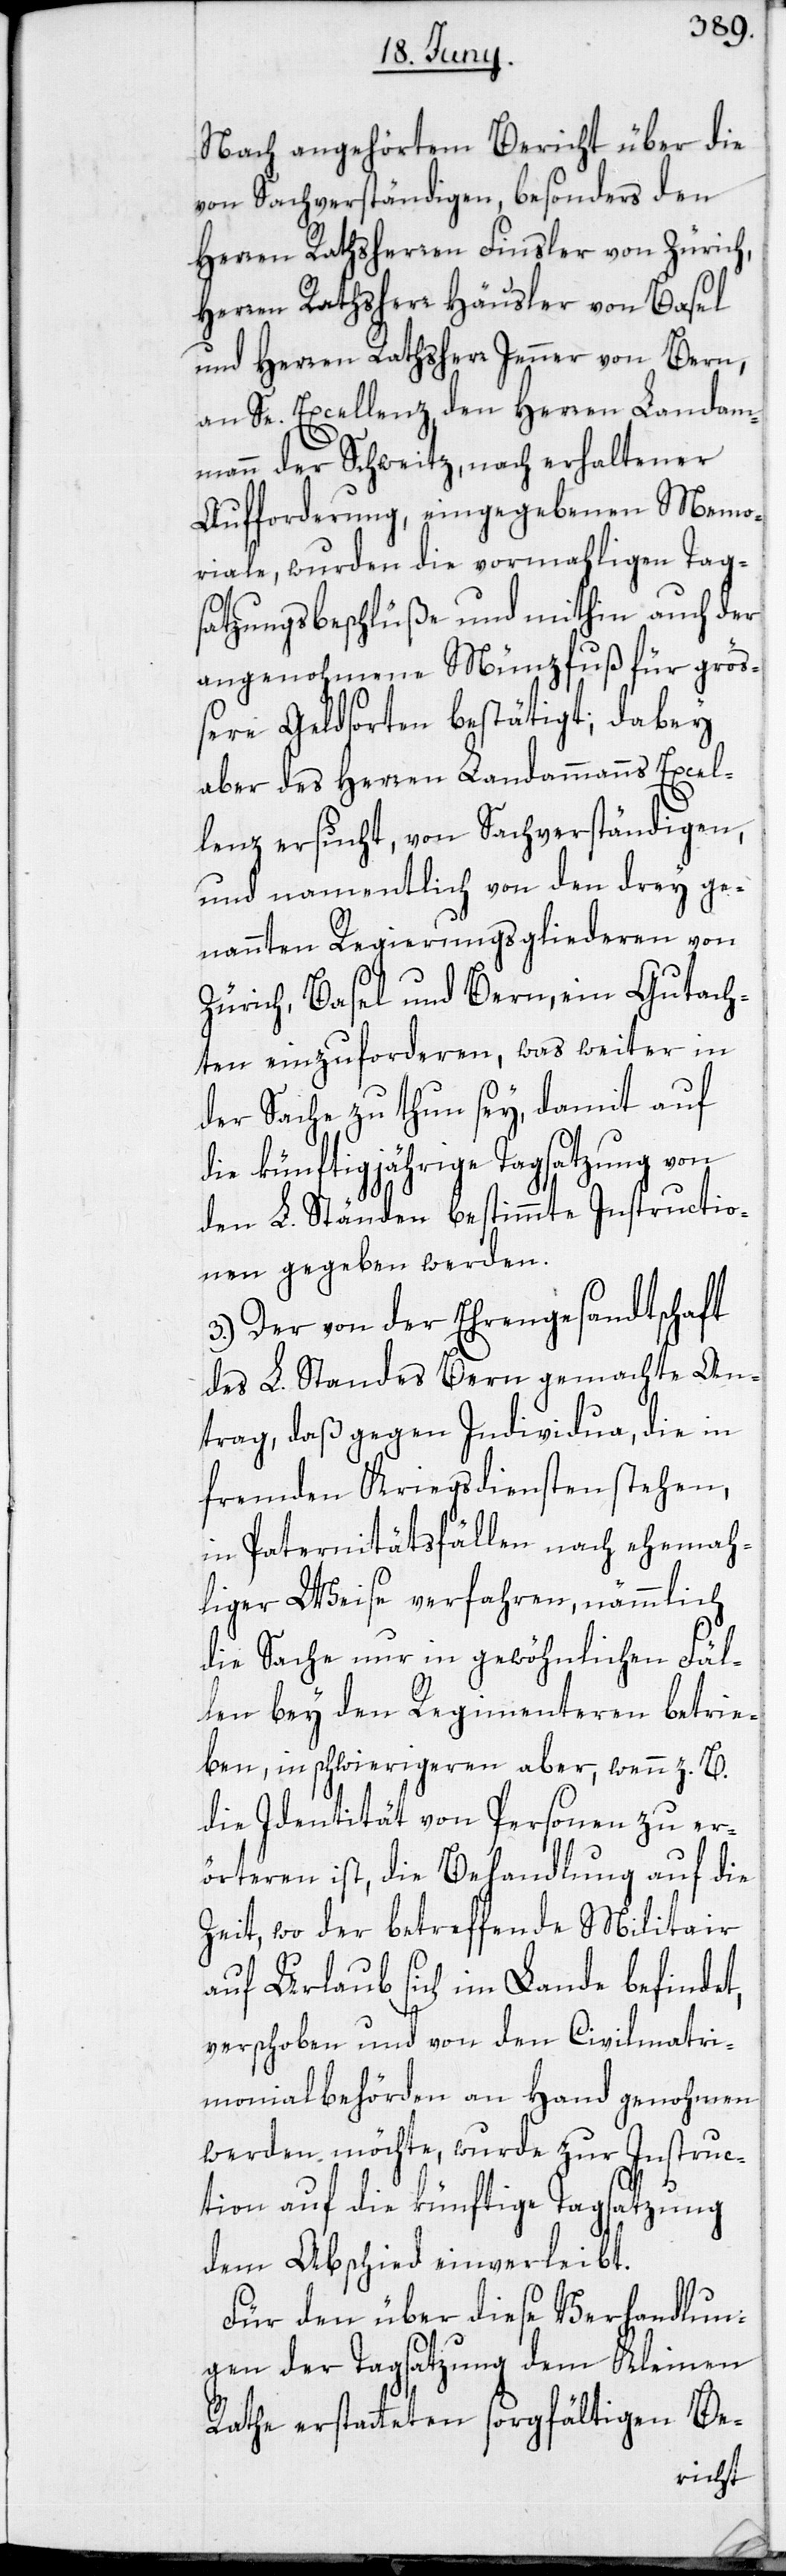
Nach angehörtem Bericht über die
von Sachverständigen besonders den
Herren Rathsherren Finsler von Zürich,
Herren Rathsherr Häusler von Basel
und Herren Rathsherr Jenner von Bern,
an Se. Excellenz, den Herren Landam¬
mann der Schweitz, nach erhaltener
Aufforderung, eingegebenen Memo¬
riale, wurden die vormahligen Tag¬
satzungsbeschlüße und mithin auch der
angenohmene Münzfuß für grös¬
sere Geldsorten bestätigt; dabey
aber des Herren Landammanns Excel¬
lenz ersucht, von Sachverständigen,
und namentlich von den drey ge¬
nannten Regierungsgliederen von
Zürich, Basel und Bern, ein Gutach¬
ten einzuforderen, was weiter in
der Sache zu thun sey, damit auf
die künftigjährige Tagsatzung von
den L. Ständen bestimmte Instructio¬
nen gegeben werden.
3.) Der von der Ehrengesandtschaft
des L. Standes Bern gemachte An¬
trag, daß gegen Individua, die in
fremden Kriegsdiensten stehen,
in Paternitätsfällen nach ehema¬
liger Weise verfahren, nämmlich
die Sache nur in gewöhnlichen Fäl¬
len bey den Regimenteren betrie¬
ben, in schwierigeren aber, wenn z. B.
die Identität von Personen zu er¬
örteren ist, die Behandlung auf die
Zeit, wo der betreffende Militair
auf Urlaub sich im Lande befindet,
verschoben und von den Civilmatri¬
monialbehörden an Hand genohmen
werden möchte, wurde zur Instruc¬
tion auf die künftige Tagsatzung
dem Abschied einverleibt.
Für den über diese Verhandlun¬
gen der Tagsatzung dem Kleinen
Rathe erstatteten sorgfältigen Be-